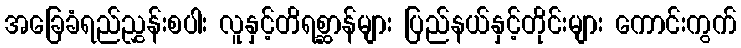
အခြေခံရည်ညွှန်းစပါး လူနှင့်တိရစ္ဆာန်များ ပြည်နယ်နှင့်တိုင်းများ ကောင်းကွက်